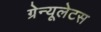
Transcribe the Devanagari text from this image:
ग्रेन्यूलेटस